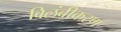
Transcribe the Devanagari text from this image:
विलंबीकरण